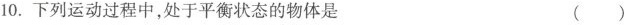
10.下列运动过程中，处于平衡状态的物体是 ()